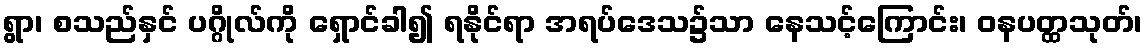
ရွာ၊ စသည်နှင် ပဂ္ဂိုလ်ကို ရှောင်ခါ၍ ရနိုင်ရာ အရပ်ဒေသ၌သာ နေသင့်ကြောင်း၊ ဝနပတ္ထသုတ်၊